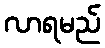
လာရမည်